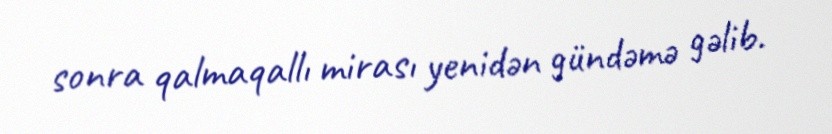
sonra qalmaqallı mirası yenidən gündəmə gəlib.